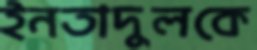
ইনতাদুলকে